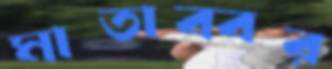
মাতাব্বর